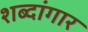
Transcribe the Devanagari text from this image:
शब्दांगार